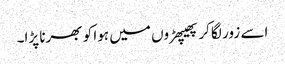
اسے زور لگا کر پھیپھڑوں میں ہوا کو بھرنا پڑا۔